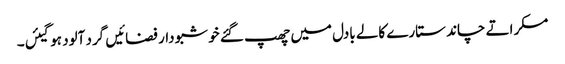
مسکراتے چاند ستارے کالے بادل میں چھپ گئے خو شبو دار فضائیں گرد آلود ہوگیئں۔